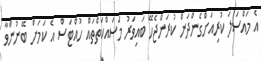
އެ މައްސަލަ ކުރިއަށްގެންދަން ކުރަންޖެހޭ ބައިވަރު މަސައްކަތްތައް ހުއްޓަސް އެ ކަމަށް ބޭނުންވާ